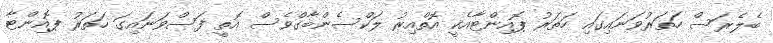
ބެލެރަސް ހަތަރުވަނައިގައި ހަތަރު ޕޮއިންޓާއެކީ އޮތްއިރު ލަކްސެންބާގްވެސް އޮތީ ފަސްވަނައިގަ ހަތަރު ޕޮއިންޓާ